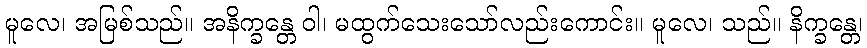
မူလေ၊ အမြစ်သည်။ အနိက္ခန္တေ ဝါ၊ မထွက်သေးသော်လည်းကောင်း။ မူလေ၊ သည်။ နိက္ခန္တေ၊